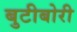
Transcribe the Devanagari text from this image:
बुटीबोरी